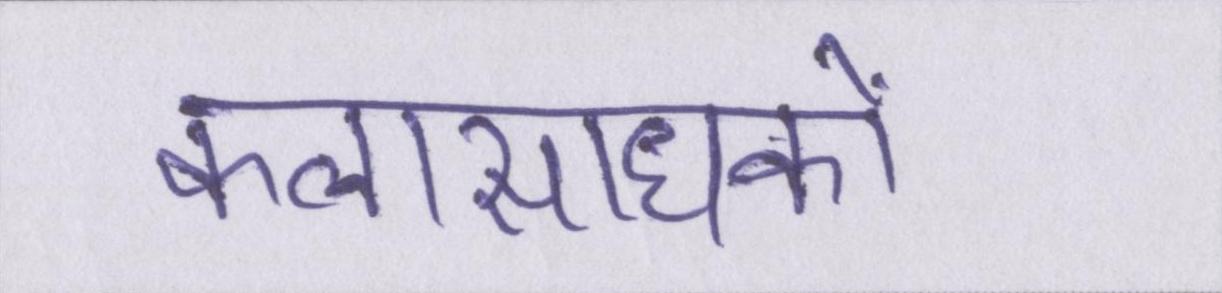
कलासाधकों